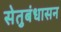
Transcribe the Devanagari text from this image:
सेतुबंधासन